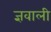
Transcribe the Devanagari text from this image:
ज्ञवाली